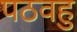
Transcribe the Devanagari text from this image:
पठवहु